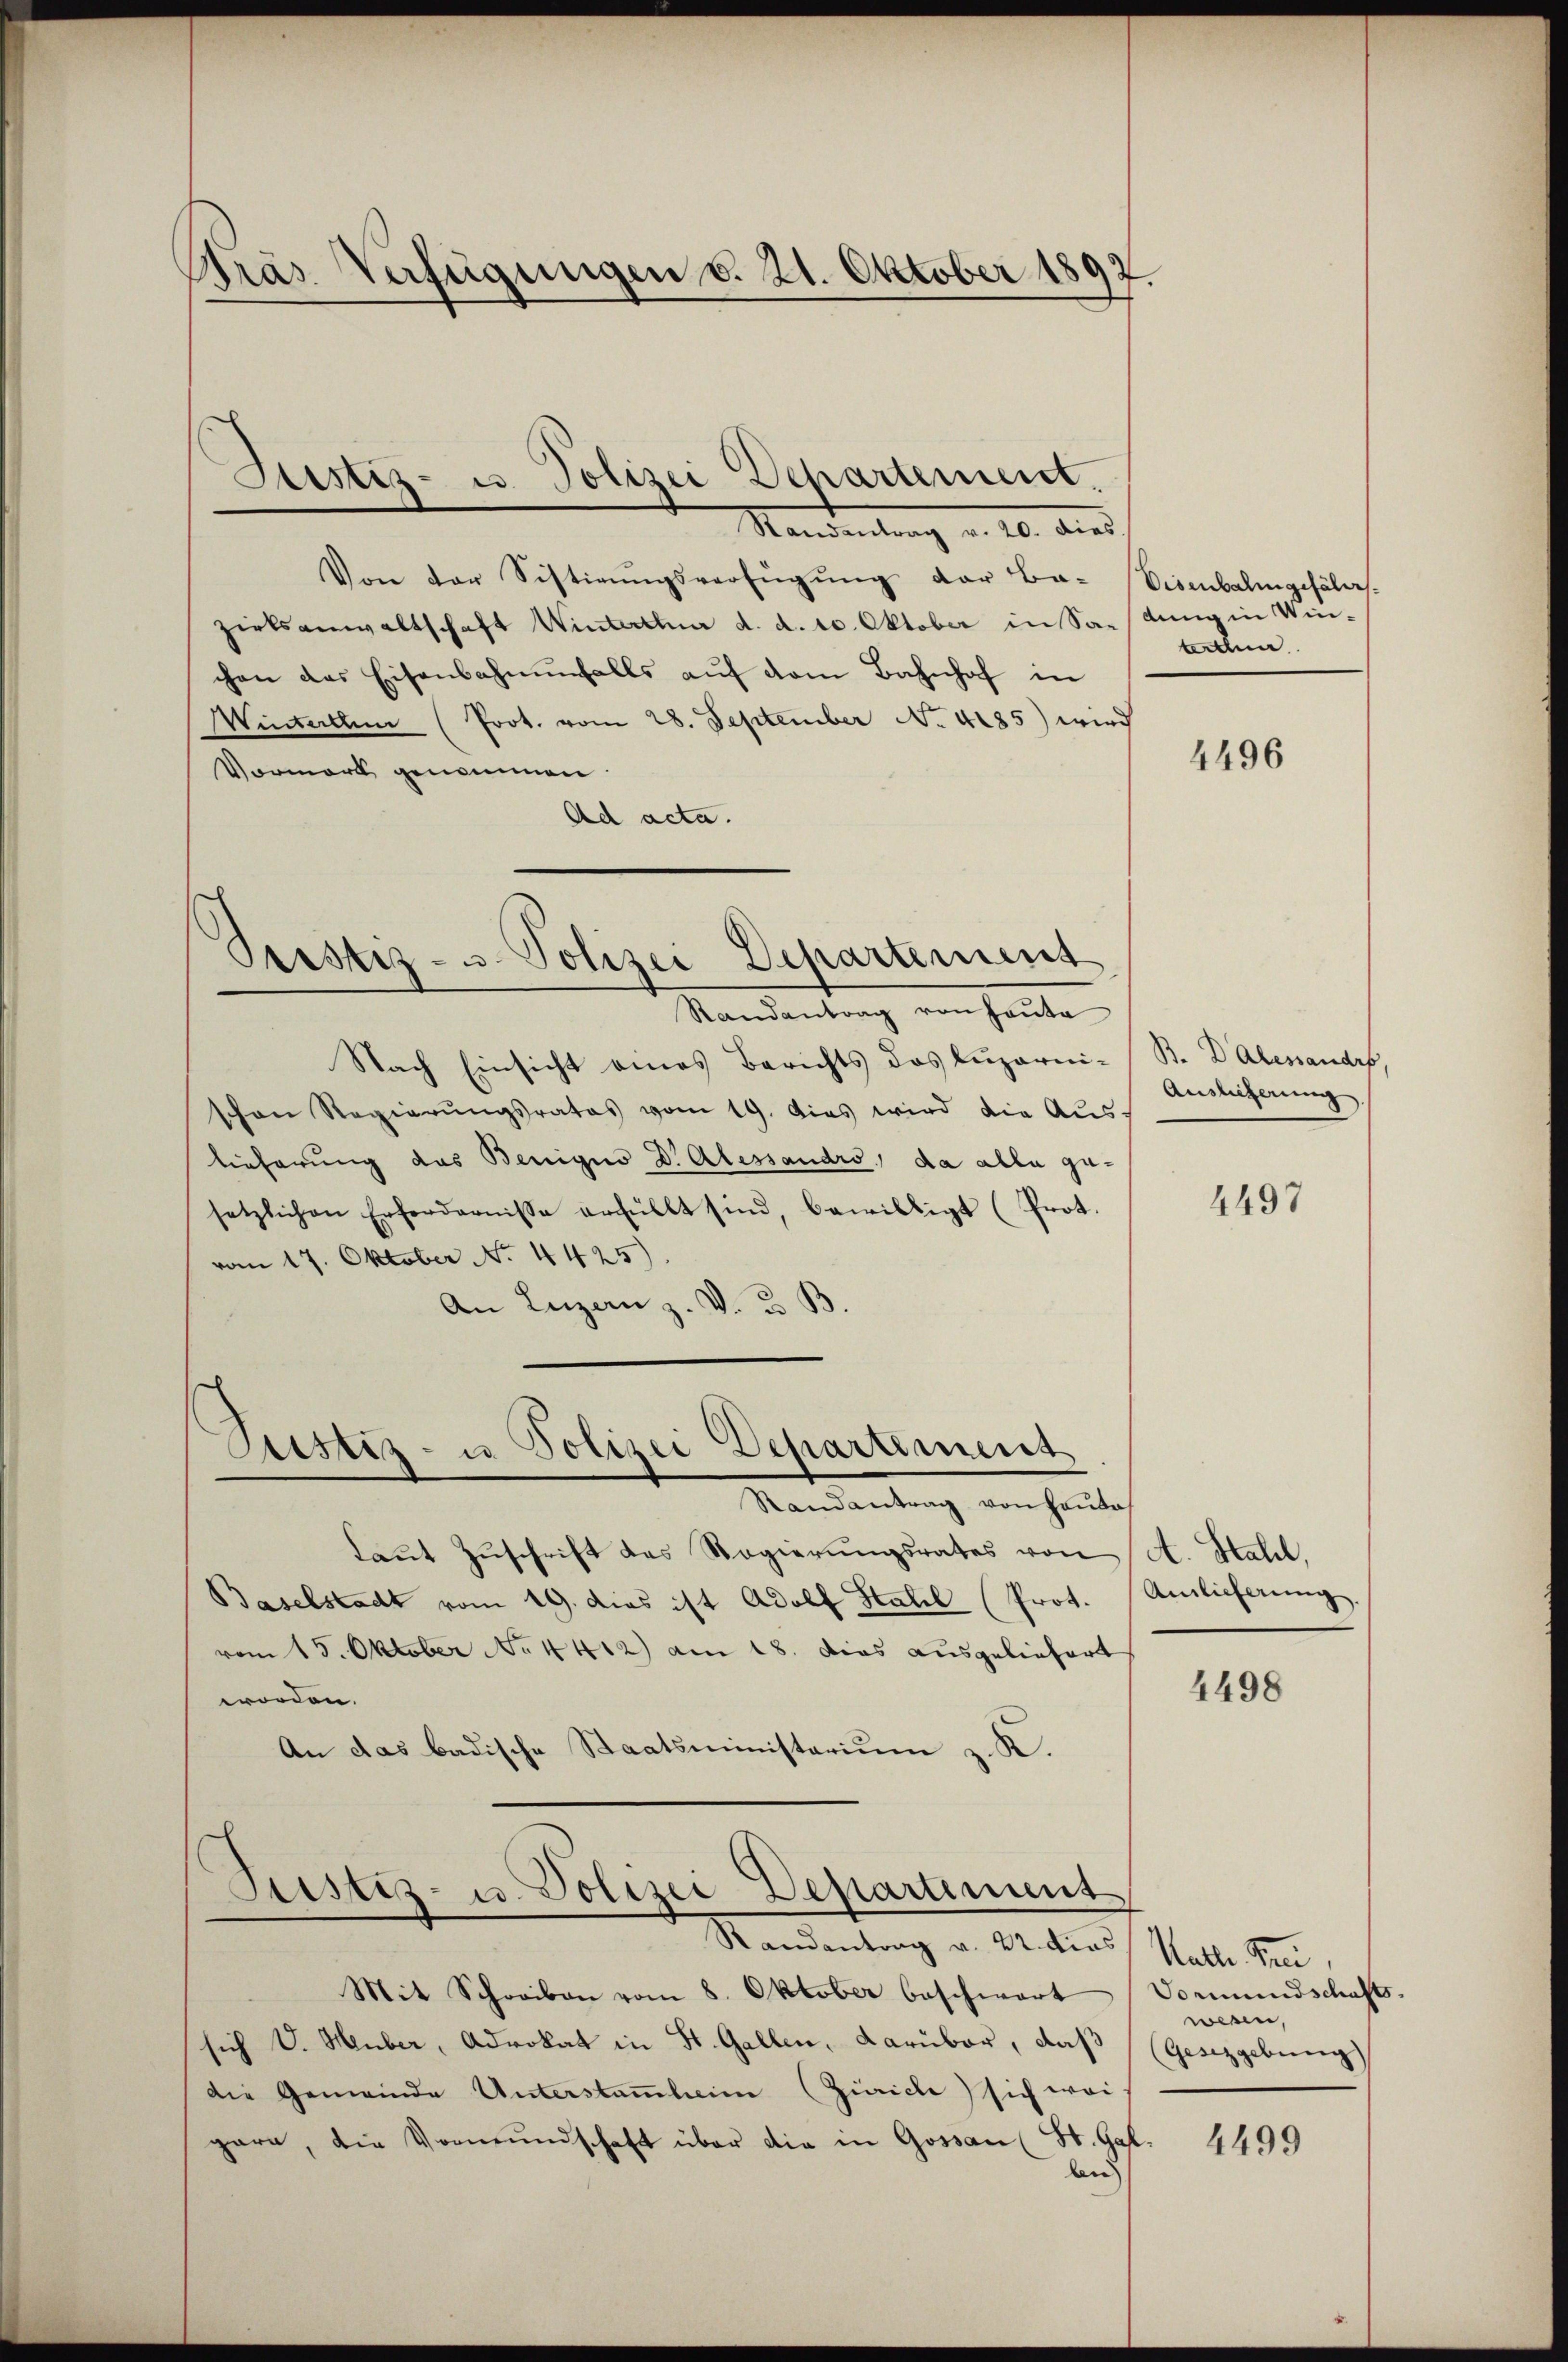
Pras Verfügungen v. 21. Oktober 1892.

Randantrag v. 20. dies
Von der Sistirŭngsverfügŭng der Ba-
zirksanwaltschaft Winterthur d. d. 10. Oktober in Sachen das Eisenbahnenfalls aŭf dem Bahnhof in
Winterthen (Prot. vom 28. September No. 4185) wird
Vormark genommen.
Ad acta.
Sistiz- u. Polizei Departement
Randantrag von heŭte
Nach Einsicht eines Berichts des Luzernschen Regierŭngsrates vom 19. Das wird die Aŭs-
lieferung das Benigno Dr Alessandro, da alle gusetzlichen Erfordernisse erfüllt sind, bewilligt (Prot
vom 17. Oktober No. 4425)
An Luzern z. V. 3. B.

Justiz- u. Polizei Departement.

Sistiz- u Polizei Departement
Randantrag von Hauto

Laut Zuschrift des Regierungsrates von
Baselstadt vom 19. dies ist Adolf Stall (Prot.
vom 15. Oktober No. 4412) am 18. dies ausgeliefert
worden.
An das badische Staatsministerium z. R.

Justiz- u. Polizei Departement
Randantrag v. 22. ders Kath. Prei

Disenbahngefährt.
dung in Winterthun

Mit Schreiben vom 8. Oktober beschwert Vormundschafts-
sich V. Heuber, Advokat in St. Gallen, Darüber, daβ (Gesetzgebung
die Gemeinde Unterstammheim (Zürich) sich wei
gare, die Vormŭndschaft über die in Gossau (St. Gal
lan

4496

B. DAlessandes,
Auslieferung

4497

A. Stahel,
Amlicherung.

4498

wesen,

4499